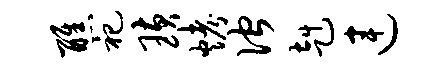
醮祀璜烤伫赳连